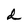
Character: d